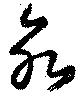
死